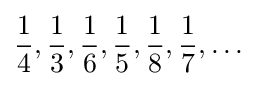
{\frac {1}{4}},{\frac {1}{3}},{\frac {1}{6}},{\frac {1}{5}},{\frac {1}{8}},{\frac {1}{7}},\ldots